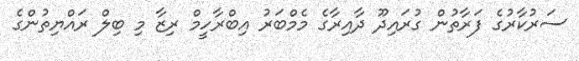
ސަރުކާރުގެ ފަރާތުން ގުރައިދޫ ދާއިރާގެ މެމްބަރު އިބްރާހީމް ރިޒާ މި ބިލް ރައްޔިތުންގެ